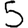
Digit: 5